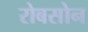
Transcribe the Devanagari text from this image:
रोबसोन